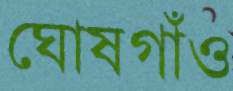
ঘোষগাঁও